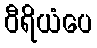
ဝီရိယံပေ